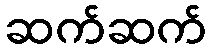
ဆက်ဆက်